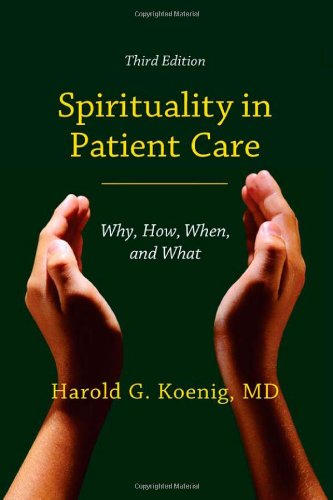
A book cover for Spirituality in Patient Care: Why, How, When, and What; Harold G. Koenig; Medical Books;